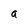
Character: a